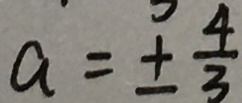
a = \pm \frac { 4 } { 3 }